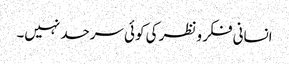
انسانی فکر و نظر کی کوئی سرحد نہیں۔